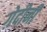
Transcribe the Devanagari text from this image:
गेदीनी